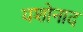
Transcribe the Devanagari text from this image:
यशोनाद